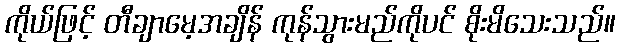
ကိုယ်ဖြင့် တီချာမေ့အချိန် ကုန်သွားမည်ကိုပင် စိုးမိသေးသည်။